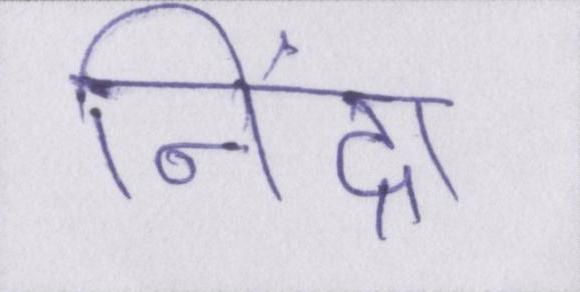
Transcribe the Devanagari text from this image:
निंद्रा